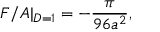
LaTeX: F / A | _ { D = 1 } = - { \frac { \pi } { 9 6 a ^ { 2 } } } ,